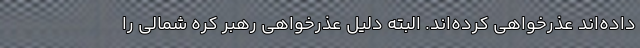
داده‌اند عذرخواهی کرده‌اند. البته دلیل عذرخواهی رهبر کره شمالی را